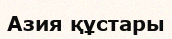
Азия құстары